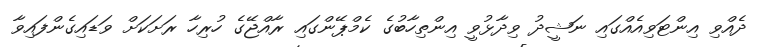
ދެއްވި އިންޓަވިއެއްގައި ނަޝީދު ވިދާޅުވީ އިންތިހާބުގެ ކެމްޕޭންގައި ރާއްޖޭގެ ހުރިހާ ރަށަކަށް ވަޑައިގެންފައިވާ